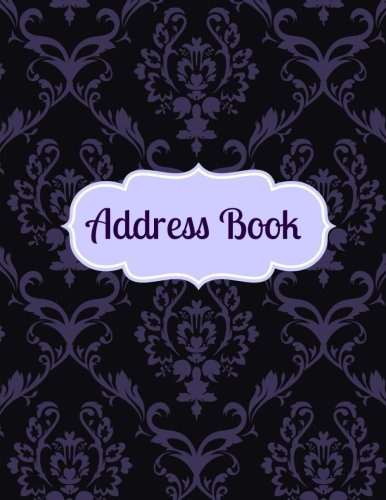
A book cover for Address Book (Simple and Beautiful Address Books ) (Volume 54); Creative Journals; Business & Money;